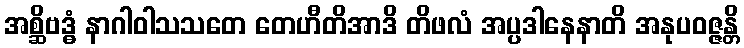
အစ္ဆိဗဒ္ဓံ နာဂါဝါသသတေ တေဟီတိအာဒိ တိဖလံ အပ္ပဒါနေနာတိ အနုပဝဇ္ဇန္တိ